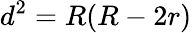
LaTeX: \displaystyle d^{2}=R(R-2r)